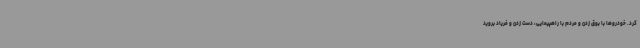
کرد. خودروها با بوق زدن و مردم با راهپیمایی، دست زدن و فریاد بروید